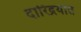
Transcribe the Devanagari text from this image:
दारिद्रयात